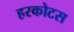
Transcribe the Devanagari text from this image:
हरकोटस